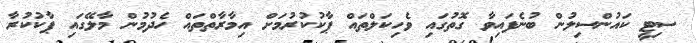
ސިޓީ ކައުންސިލުން ބުނެފައިވާ ގޮތުގައި ވެހިކަލްތައް ޕާކުކުރުމަށް އިމާރާތްތައް ހެދުމުން މާލޭގައި ޕާކުކުރާ